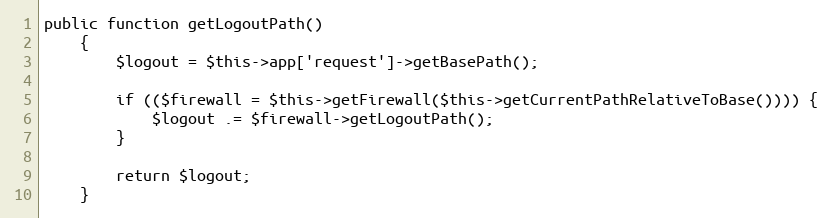
Language: PHP
public function getLogoutPath()
    {
        $logout = $this->app['request']->getBasePath();

        if (($firewall = $this->getFirewall($this->getCurrentPathRelativeToBase()))) {
            $logout .= $firewall->getLogoutPath();
        }

        return $logout;
    }